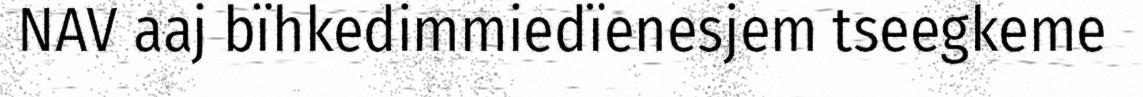
NAV aaj bïhkedimmiedïenesjem tseegkeme